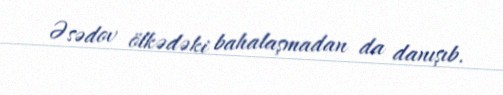
Əsədov ölkədəki bahalaşmadan da danışıb.